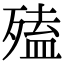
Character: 𣩄